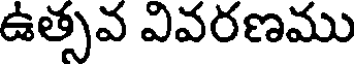
ఉత్సవ వివరణము